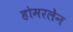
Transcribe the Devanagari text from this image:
होमरलेन